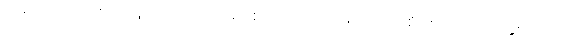
ညှစ်ကြိတ်ဝါကြိတ် ဖြူကြိတ်ကြိတ်မိ ရစ်ဘိတသတ် မှတ်လော့စိပ်စိပ် တကျိပ်နှစ်ကျိပ်